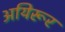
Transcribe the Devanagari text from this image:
अयिरूर